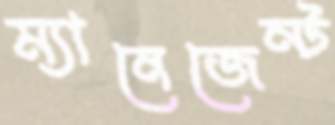
ম্যানেজেন্ট